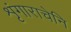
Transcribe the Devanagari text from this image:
शृंगाराचेनि